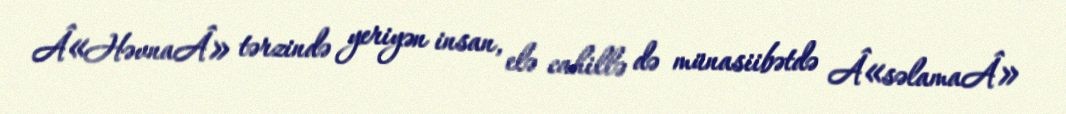
Â«HəvnaÂ» tərzində yeriyən insan, elə cahillə də münasiibətdə Â«səlamaÂ»